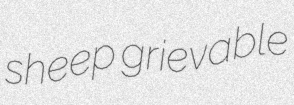
sheep grievable